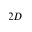
2 D